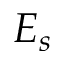
E _ { s }